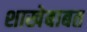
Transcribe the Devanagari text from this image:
शाखेबाबत